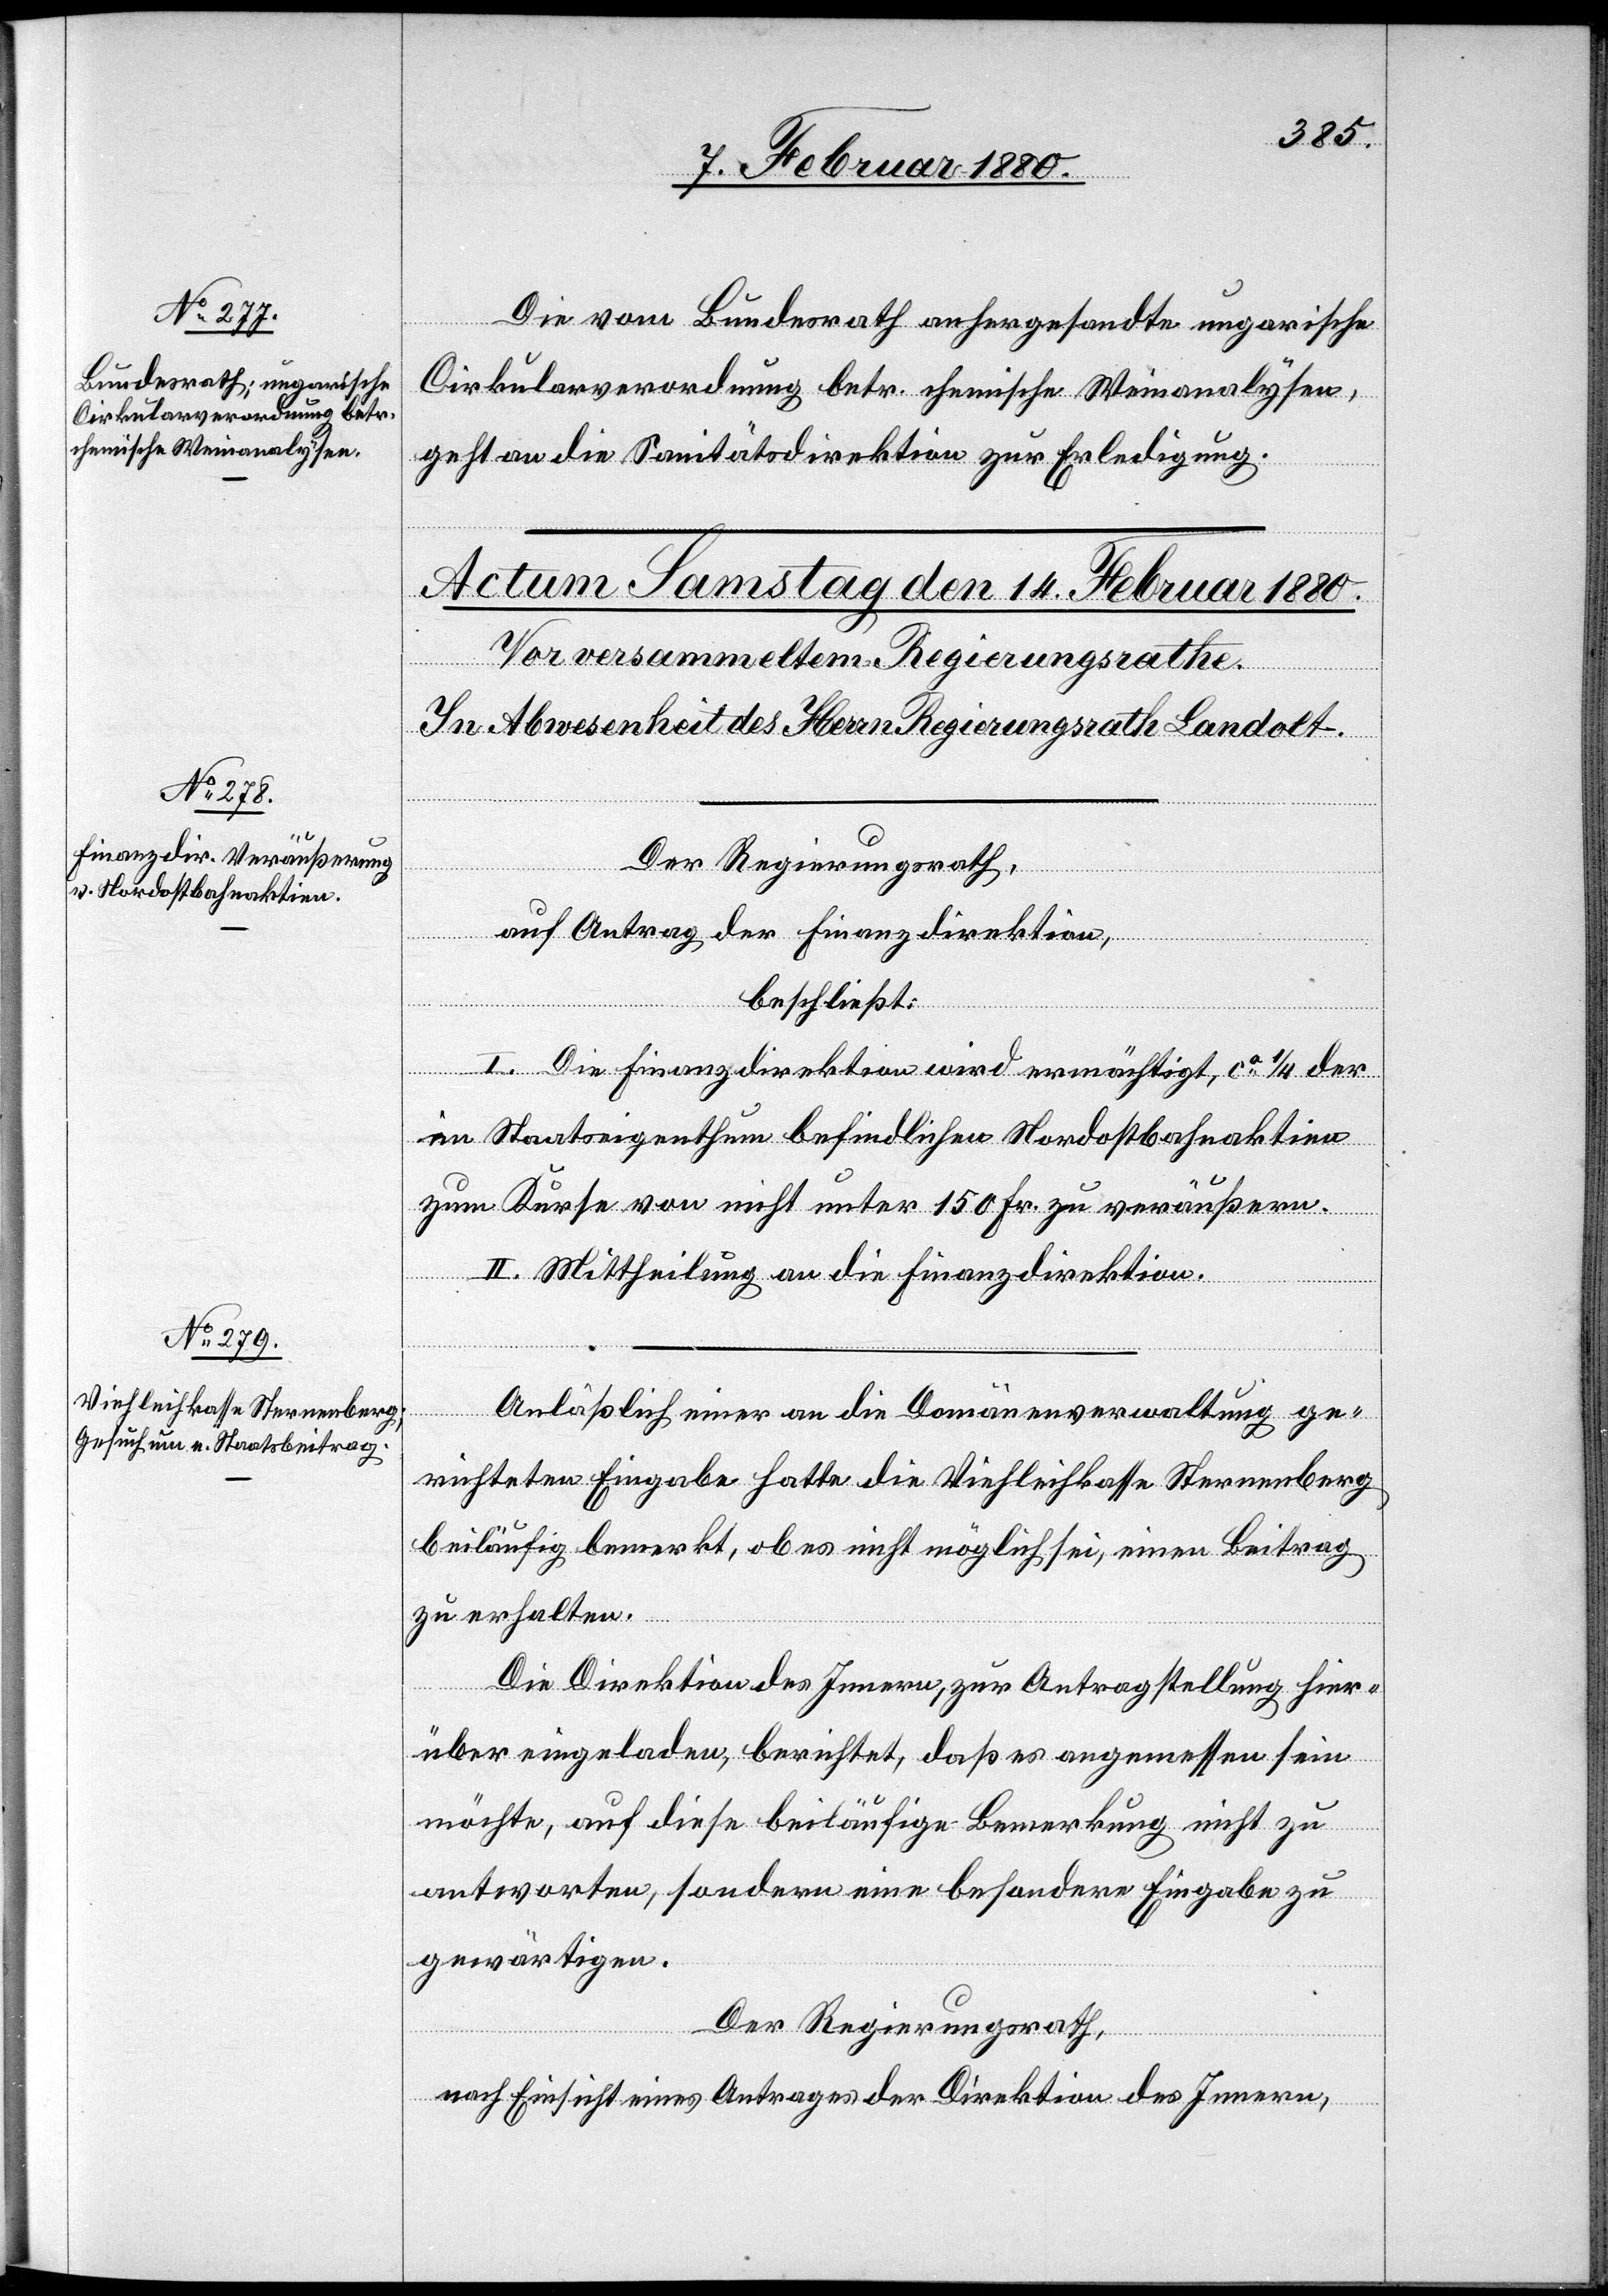
Die vom Bundesrath anhergesandte ungarische
Cirkularverordnung betr. chemische Weinanalyse
geht an die Sanitätsdirektion zur Erledigung.
Der Regierungsrath,
auf Antrag der Finanzdirektion,
beschließt:
I. Die Finanzdirektion wird ermächtigt, ca 1/4 der
im Staatseigenthum befindlichen Nordostbahnaktien
zum Kurse von nicht unter 150 Fr. zu veräußern.
II. Mittheilung an die Finanzdirektion.
Anläßlich einer an die Domänenverwaltung ge¬
richteten Eingabe hatte die Viehleikasse Sternenberg
beiläufig bemerkt, ob es nicht möglich sei, einen Beitrag
zu erhalten.
Die Direktion des Innern, zur Antragstellung hier¬
über eingeladen, berichtet, daß es angemessen sein
möchte, auf diese beiläufige Bemerkung nicht zu
antworten, sondern eine besondere Eingabe zu
gewärtigen.
Der Regierungsrath,
nach Einsicht eines Antrages der Direktion des Innern,